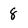
Character: 8